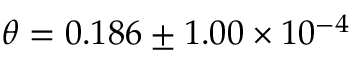
\theta = 0 . 1 8 6 \pm 1 . 0 0 \times 1 0 ^ { - 4 }